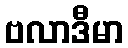
ဗလာဒီမာ